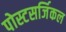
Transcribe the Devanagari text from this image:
पोस्टसर्जिकल